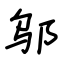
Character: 邬